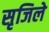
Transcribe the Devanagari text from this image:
सृजिले